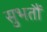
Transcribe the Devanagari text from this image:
सुभतौं